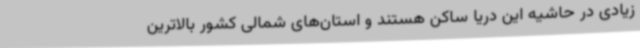
زیادی در حاشیه این دریا ساکن هستند و استان‌های شمالی کشور بالاترین